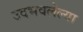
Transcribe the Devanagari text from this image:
उदभवलेल्या